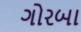
ગોરબા